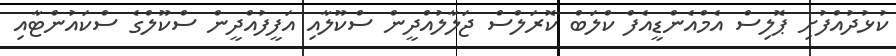
ކުޅުދުއްފުށި ޕޮލިސް އެމްއެންޑީއެފް ކްލަބް ކޮރަލްސް ޖަލާލުއްދީން ސްކޫލާއި އަފީފުއްދީން ސްކޫލްގެ ސްކައުންޓާއި